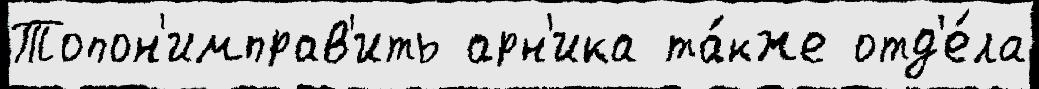
Топон'имправ'ить арн'ика та́кже отд'е́ла